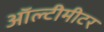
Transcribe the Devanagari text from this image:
ऑल्टीमीटर